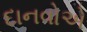
દાનવોએ